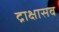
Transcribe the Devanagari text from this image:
द्राक्षासव